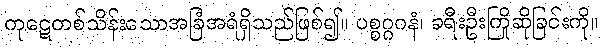
ကုဋေတစ်သိန်းသောအခြံအရံရှိသည်ဖြစ်၍။ ပစ္စဂ္ဂဂနံ၊ ခရီးဦးကြိုဆိုခြင်းကို။